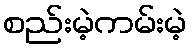
စည်းမဲ့ကမ်းမဲ့